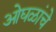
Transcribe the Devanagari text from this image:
ओघळांचे